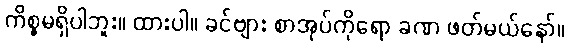
ကိစ္စမရှိပါဘူး။ ထားပါ။ ခင်ဗျား စာအုပ်ကိုရော ခဏ ဖတ်မယ်နော်။